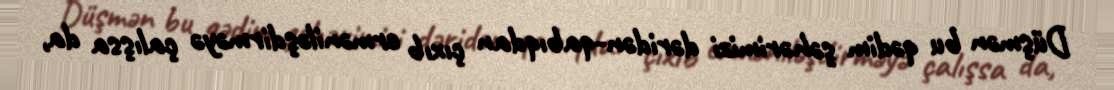
Düşmən bu qədim şəhərimizi dəridən-qabıqdan çıxıb erməniləşdirməyə çalışsa da,